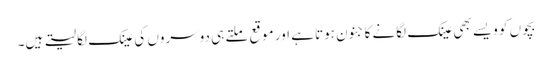
بچوں کو ویسے بھی عینک لگانے کا جنون ہوتا ہے اور موقع ملتے ہی دوسروں کی عینک لگا لیتے ہیں۔